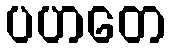
ပဟတေ